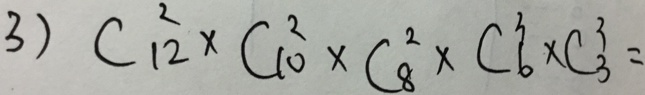
3 ) C ^ { 2 } _ { 1 2 } \times C ^ { 2 } _ { 1 0 } \times C ^ { 2 } _ { 8 } \times C ^ { 3 } _ { 6 } \times C ^ { 3 } _ { 3 } =